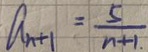
a _ { n + 1 } = \frac { 5 } { n + 1 }